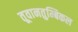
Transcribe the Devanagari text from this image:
तूवानतुम्बिकल